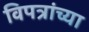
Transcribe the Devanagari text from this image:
विपत्रांच्या